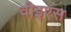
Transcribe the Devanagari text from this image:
वीइएस